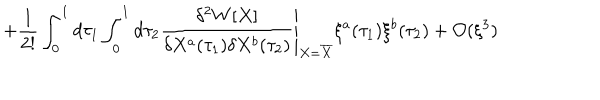
+ \frac { 1 } { 2 ! } \int _ { 0 } ^ { 1 } d \tau _ { 1 } \int _ { 0 } ^ { 1 } d \tau _ { 2 } \left. \frac { \delta ^ { 2 } W [ X ] } { \delta X ^ { a } ( \tau _ { 1 } ) \delta X ^ { b } ( \tau _ { 2 } ) } \right| _ { X = \overline { { { X } } } } \xi ^ { a } ( \tau _ { 1 } ) \xi ^ { b } ( \tau _ { 2 } ) + { \cal O } ( \xi ^ { 3 } )